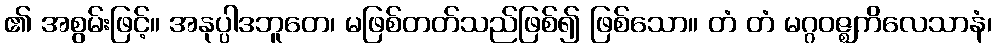
၏ အစွမ်းဖြင့်။ အနုပ္ပါဒဘူတေ၊ မဖြစ်တတ်သည်ဖြစ်၍ ဖြစ်သော။ တံ တံ မဂ္ဂဝဇ္ဈကိလေသာနံ၊